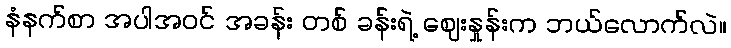
နံနက်စာ အပါအဝင် အခန်း တစ် ခန်းရဲ့ ဈေးနှုန်းက ဘယ်လောက်လဲ။